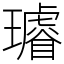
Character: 𤪽